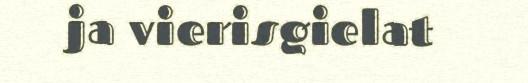
ja vierisgielat